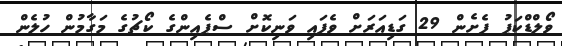
ވޯލްޑްކަޕު ފެށެން 29 ގަޑިއަރަށް ވެފައި ވަނިކޮށް ސްޕެއިންގެ ކޯޗުގެ މަގާމުން ހުލެން